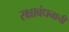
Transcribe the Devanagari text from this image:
रक्षाबंधनाची